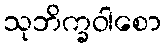
သုဘိက္ခဝါစော